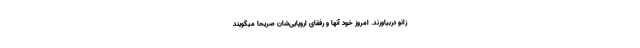
زانو دربیاورند. امروز خود آنها و رفقای اروپایی‌شان صریحاً میگویند